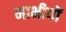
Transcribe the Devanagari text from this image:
भाभीयों